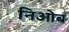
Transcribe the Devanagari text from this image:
निओब